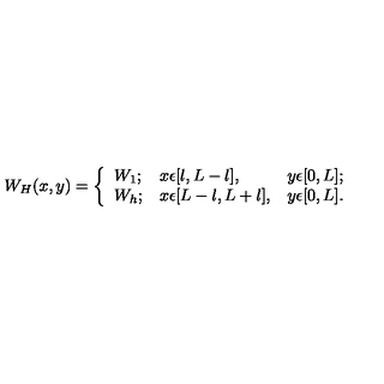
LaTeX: W _ { H } ( x , y ) = \left\{ \begin{array} { l l l } { W _ { 1 } ; } & { x \epsilon [ l , L - l ] , } & { y \epsilon [ 0 , L ] ; } \\ { W _ { h } ; } & { x \epsilon [ L - l , L + l ] , } & { y \epsilon [ 0 , L ] . } \\ \end{array} \right.